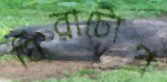
ঘিরাটোপ